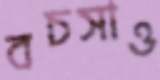
বচসাও